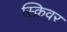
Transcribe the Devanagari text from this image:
स्क्रिवर